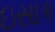
ઇસાક